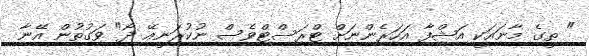
" ތީގެ މާނައަކީ އަޝްފާ އަހަރެންނަށް ޓްރަސްޓްވެސް ނުކުރަނީއޭ ދޯ" ވަގުތުން އޭނާ